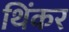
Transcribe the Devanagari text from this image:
थिंकर